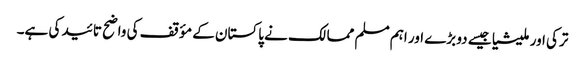
ترکی اور ملیشیا جیسے دو بڑے اور اہم مسلم ممالک نے پاکستان کے مؤقف کی واضح تائید کی ہے۔